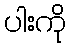
ပါးကို